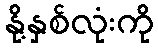
နို့နှစ်လုံးကို